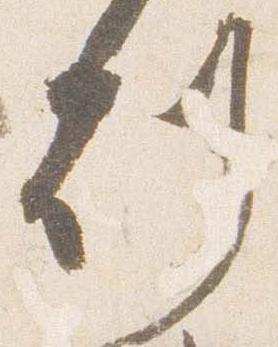
刻